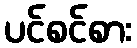
ပင်စင်စား